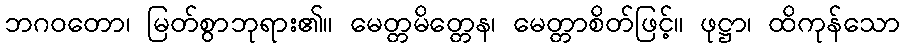
ဘဂဝတော၊ မြတ်စွာဘုရား၏။ မေတ္တမိတ္တေန၊ မေတ္တာစိတ်ဖြင့်။ ဖုဋ္ဌာ၊ ထိကုန်သော